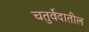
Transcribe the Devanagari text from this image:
चतुर्वेदातील